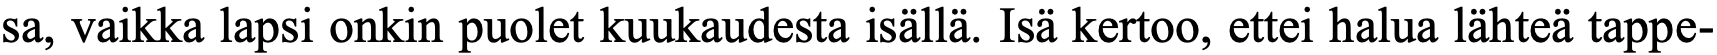
sa, vaikka lapsi onkin puolet kuukaudesta isällä. Isä kertoo, ettei halua lähteä tappe-